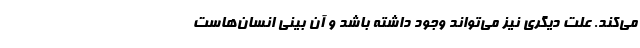
می‌کند. علت دیگری نیز می‌تواند وجود داشته باشد و آن بینی انسان‌هاست